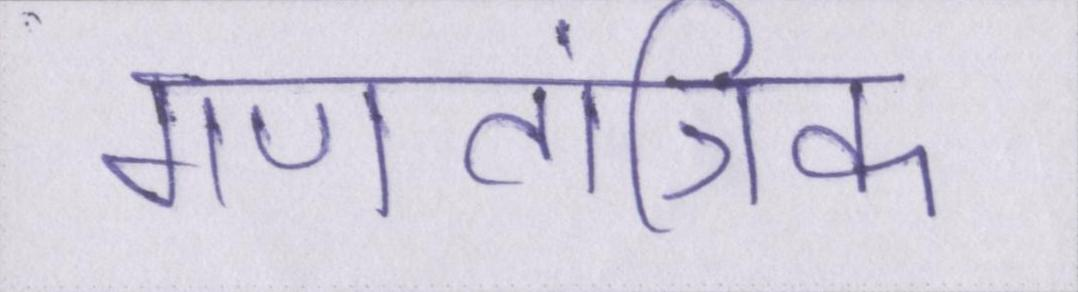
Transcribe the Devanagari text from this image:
गणतांत्रिक